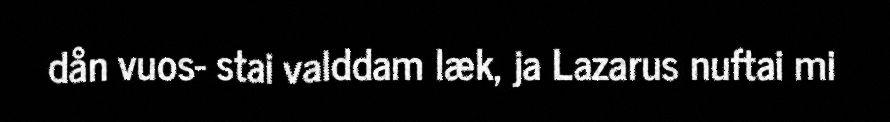
dån vuos- stai valddam læk, ja Lazarus nuftai mi